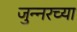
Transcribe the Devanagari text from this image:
जुन्‍नरच्या